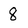
Character: 8